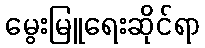
မွေးမြူရေးဆိုင်ရာ